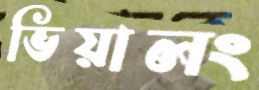
ভিয়ালং